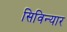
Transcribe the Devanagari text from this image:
सिविन्यार